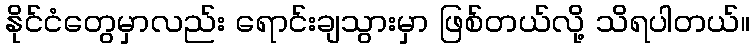
နိုင်ငံတွေမှာလည်း ရောင်းချသွားမှာ ဖြစ်တယ်လို့ သိရပါတယ်။